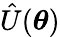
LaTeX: \hat{U}(\boldsymbol{\theta})